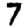
Digit: 7